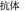
抗体